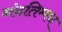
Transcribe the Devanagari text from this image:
नंदतिम्मन